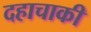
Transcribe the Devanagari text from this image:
दहाचाकी